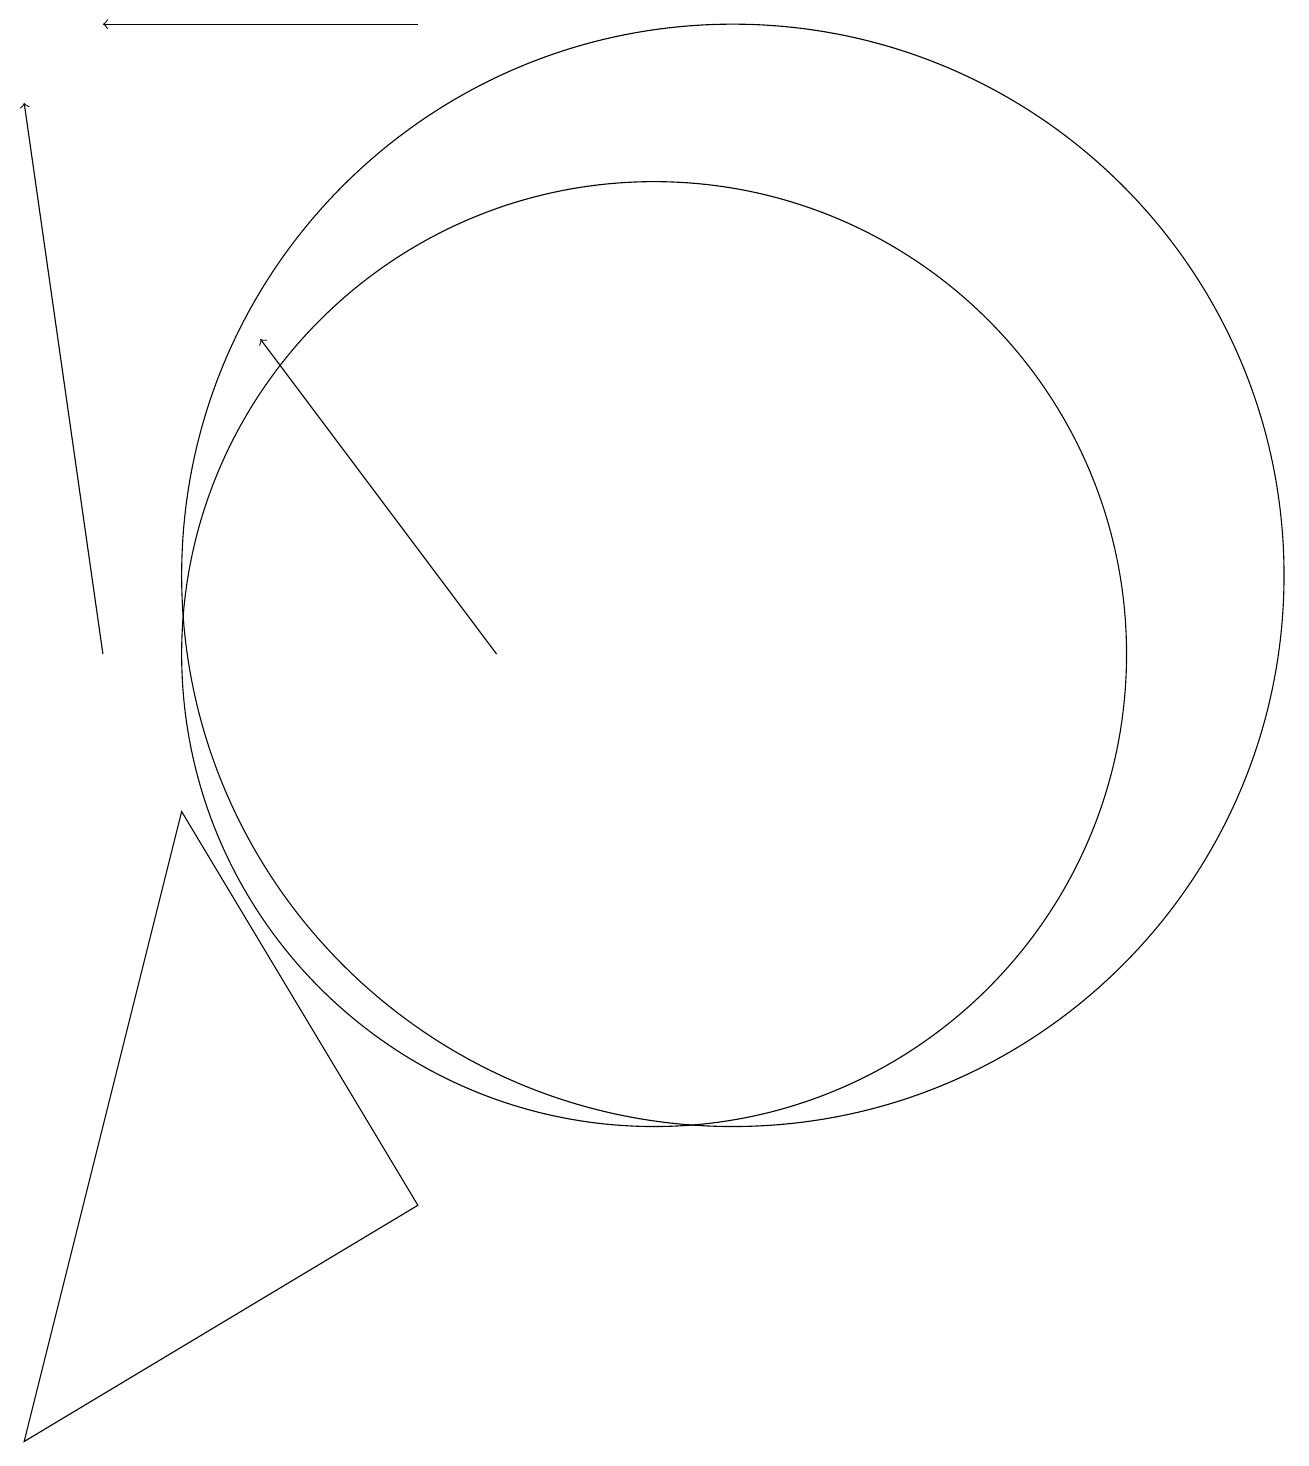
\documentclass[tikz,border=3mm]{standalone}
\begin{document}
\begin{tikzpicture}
\draw[->] (8,18) -- (4,18);
\draw (3,0) -- (5,8) -- (8,3) -- cycle;
\draw[->] (9,10) -- (6,14);
\draw (12,11) circle (7);
\draw (11,10) circle (6);
\draw[->] (4,10) -- (3,17);
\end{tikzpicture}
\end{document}